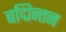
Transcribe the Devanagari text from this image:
बद्मिन्तन